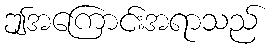
ဤအကြောင်းအရာသည်